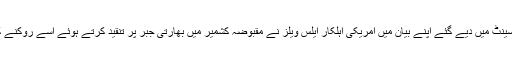
تاہم حال ہی میں امریکی سینٹ میں دیے گئے اپنے بیان میں امریکی اہلکار ایلس ویلز نے مقبوضہ کشمیر میں بھارتی جبر پر تنقید کرتے ہوئے اسے روکنے کی ضرورت پر زور دیا۔